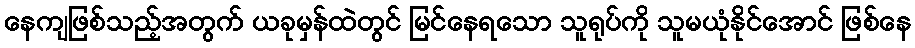
နေကျဖြစ်သည့်အတွက် ယခုမှန်ထဲတွင် မြင်နေရသော သူရုပ်ကို သူမယုံနိုင်အောင် ဖြစ်နေ